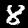
Digit: 8